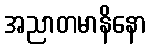
အညာတမာနိနော